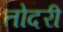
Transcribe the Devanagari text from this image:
तोदरी